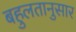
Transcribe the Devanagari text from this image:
बहुलतानुसार